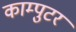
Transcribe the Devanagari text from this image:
काम्पुटर